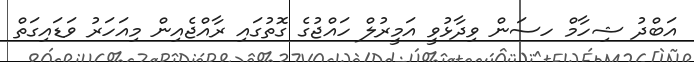
އަބްދު ޝިހާމް ހސަން ވިދާޅުވީ އަމީރުލް ހައްޖުގެ ގޮތުގައި ރާއްޖެއިން މިއަހަރު ވަޑައިގަތް